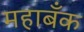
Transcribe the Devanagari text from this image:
महाबँक